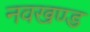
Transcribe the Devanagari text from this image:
नवखण्ड